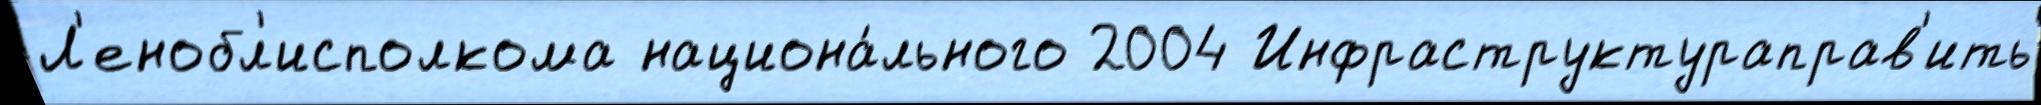
Л'енобл'исполкома национа́льного 2004 Инфраструктураправ'ить